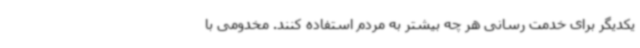
یکدیگر برای خدمت رسانی هر چه بیشتر به مردم استفاده کنند. مخدومی با